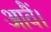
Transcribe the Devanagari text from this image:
आवैं।